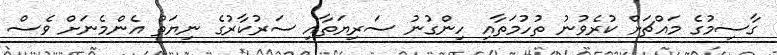
ގާސިމުގެ މައްޗަށް ކުރެވުނު ތުހުމަތާއި ހިންގުނު ސަރިޔަތާއި ސަރުކާރުގެ ނިޔަތް އެންމެނަށް ވެސް